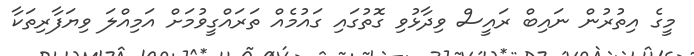
މީގެ އިތުރުން ނައިބް ރައީސް ވިދާޅުވި ގޮތުގައި ގައުމެއް ތަރައްގީވުމަށް އަމިއްލަ ވިޔަފާރިތަކާ